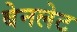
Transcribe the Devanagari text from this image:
बेनलेट